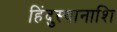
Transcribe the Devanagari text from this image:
हिंदुस्थानाशि